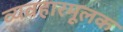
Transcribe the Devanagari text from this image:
व्यवहारमूलक